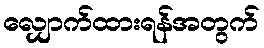
လျှောက်ထားရန်အတွက်